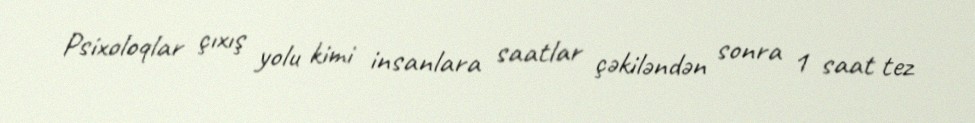
Psixoloqlar çıxış yolu kimi insanlara saatlar çəkiləndən sonra 1 saat tez